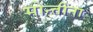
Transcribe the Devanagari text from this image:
मोन्तींना